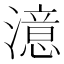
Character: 澺